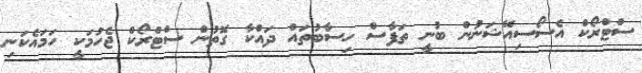
ސްޓްރޯކް އެސޯސިއޭޝަނުން ބުނީ ތަފާސް ހިސާބުތައް ދައްކާ ގޮތުން ސްޓްރޯކް ޖެހުމަކީ ހަމައެކަނި